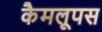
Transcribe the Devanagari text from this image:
कैमलूपस